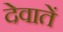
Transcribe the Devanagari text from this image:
देवातें